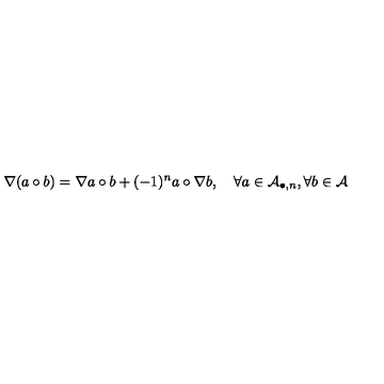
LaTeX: \nabla ( a \circ b ) = \nabla a \circ b + ( - 1 ) ^ { n } a \circ \nabla b , \quad \forall a \in { \cal A } _ { \bullet , n } , \forall b \in { \cal A }